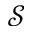
\mathcal { S }